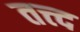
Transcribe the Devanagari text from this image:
तत्त्द